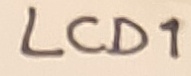
Text: LCD1